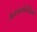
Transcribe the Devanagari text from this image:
अंतराकोशिका